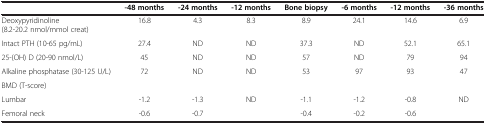
<table><thead><tr><td><b> </b></td><td><b>-48 months</b></td><td><b>-24 months</b></td><td><b>-12 months</b></td><td><b>Bone biopsy</b></td><td><b>-6 months</b></td><td><b>-12 months</b></td><td><b>-36 months</b></td></tr></thead><tbody><tr><td>Deoxypyridinoline (8.2-20.2 nmol/mmol creat)</td><td>16.8</td><td>4.3</td><td>8.3</td><td>8.9</td><td>24.1</td><td>14.6</td><td>6.9</td></tr><tr><td>Intact PTH (10-65 pg/mL)</td><td>27.4</td><td>ND</td><td>ND</td><td>37.3</td><td>ND</td><td>52.1</td><td>65.1</td></tr><tr><td>25-(OH) D (20-90 nmol/L)</td><td>45</td><td>ND</td><td>ND</td><td>57</td><td>ND</td><td>79</td><td>94</td></tr><tr><td>Alkaline phosphatase (30-125 U/L)</td><td>72</td><td>ND</td><td>ND</td><td>53</td><td>97</td><td>93</td><td>47</td></tr><tr><td>BMD (T-score)</td><td> </td><td> </td><td> </td><td> </td><td> </td><td> </td><td> </td></tr><tr><td>Lumbar</td><td>-1.2</td><td>-1.3</td><td>ND</td><td>-1.1</td><td>-1.2</td><td>-0.8</td><td>ND</td></tr><tr><td>Femoral neck</td><td>-0.6</td><td>-0.7</td><td> </td><td>-0.4</td><td>-0.2</td><td>-0.6</td><td> </td></tr></tbody></table>